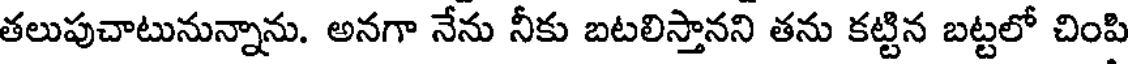
తలుపుచాటునున్నాను. అనగా నేను నీకు బటలిస్తానని తను కట్టిన బట్టలో చింపి